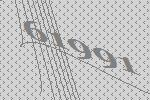
61991